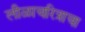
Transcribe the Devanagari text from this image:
लीळाचरित्राचा